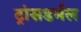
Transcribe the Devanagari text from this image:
ट्रांसडर्मल